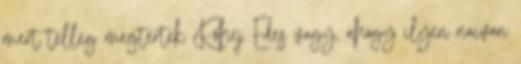
mert télleg megtértek Röhej Édes vagy, ahogy ilyen naivan